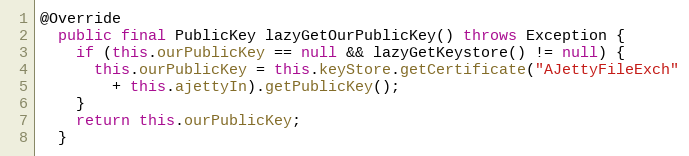
Language: Java
@Override
  public final PublicKey lazyGetOurPublicKey() throws Exception {
    if (this.ourPublicKey == null && lazyGetKeystore() != null) {
      this.ourPublicKey = this.keyStore.getCertificate("AJettyFileExch"
        + this.ajettyIn).getPublicKey();
    }
    return this.ourPublicKey;
  }